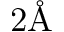
2 \mathrm { \AA }